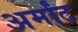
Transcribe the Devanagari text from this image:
अर्मांट